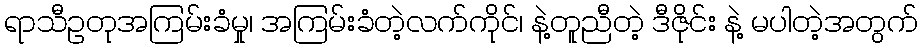
ရာသီဥတုအကြမ်းခံမှု၊ အကြမ်းခံတဲ့လက်ကိုင်၊ နဲ့တူညီတဲ့ ဒီဇိုင်း နဲ့ မပါတဲ့အတွက်